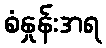
စံနှုန်းအရ